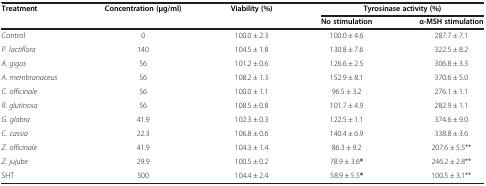
<table><thead><tr><td><b>Treatment</b></td><td><b>Concentration (μg/ml)</b></td><td><b>Viability (%)</b></td><td colspan="2"><b>Tyrosinase activity (%)</b></td></tr><tr><td><b> </b></td><td><b> </b></td><td><b> </b></td><td><b>No stimulation</b></td><td><b>α-MSH stimulation</b></td></tr></thead><tbody><tr><td>Control</td><td>0</td><td>100.0 ± 2.3</td><td>100.0 ± 4.6</td><td>287.7 ± 7.1</td></tr><tr><td><i>P. lactiflora</i></td><td>140</td><td>104.5 ± 1.8</td><td>130.8 ± 7.6</td><td>322.5 ± 8.2</td></tr><tr><td><i>A. gigas</i></td><td>56</td><td>101.2 ± 0.6</td><td>126.6 ± 2.5</td><td>306.8 ± 3.3</td></tr><tr><td><i>A. membranaceus</i></td><td>56</td><td>108.2 ± 1.3</td><td>152.9 ± 8.1</td><td>370.6 ± 5.0</td></tr><tr><td><i>C. officinale</i></td><td>56</td><td>100.0 ± 1.1</td><td>96.5 ± 3.2</td><td>276.1 ± 1.1</td></tr><tr><td><i>R. glutinosa</i></td><td>56</td><td>108.5 ± 0.8</td><td>101.7 ± 4.9</td><td>282.9 ± 1.1</td></tr><tr><td><i>G. glabra</i></td><td>41.9</td><td>102.3 ± 0.3</td><td>122.5 ± 1.1</td><td>374.6 ± 9.0</td></tr><tr><td><i>C. cassia</i></td><td>22.3</td><td>106.8 ± 0.6</td><td>140.4 ± 6.9</td><td>338.8 ± 3.6</td></tr><tr><td><i>Z. officinale</i></td><td>41.9</td><td>104.3 ± 1.4</td><td>86.3 ± 9.2</td><td>207.6 ± 5.5**</td></tr><tr><td><i>Z. jujube</i></td><td>29.9</td><td>100.5 ± 0.2</td><td>78.9 ± 3.6<b>*</b></td><td>246.2 ± 2.8**</td></tr><tr><td>SHT</td><td>500</td><td>104.4 ± 2.4</td><td>58.9 ± 5.5<b>*</b></td><td>100.5 ± 3.1**</td></tr></tbody></table>